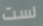
لست